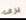
يرى